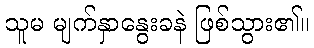
သူမ မျက်နှာနွေးခနဲ ဖြစ်သွား၏။